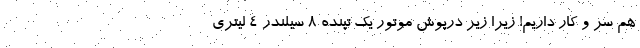
هم سر و کار داریم! زیرا زیر درپوش موتور یک تپنده 8 سیلندر 4 لیتری